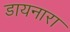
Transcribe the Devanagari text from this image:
डायनारा